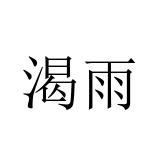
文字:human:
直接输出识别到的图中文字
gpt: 渴雨